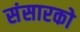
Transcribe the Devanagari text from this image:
संसारको